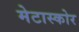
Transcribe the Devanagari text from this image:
मेटास्कोर